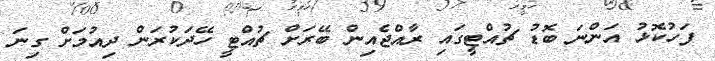
ފަހުކޮޅު އަންނަ ބޮޑު ޗުއްޓީގައި ރާއްޖެއިން ބޭރަށް ޗުއްޓީ ހޭދަކުރަން ދިއުމަށް ގިނަ